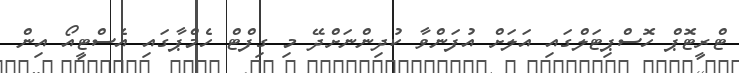
ޓްރީޓޮޕް ހޮސްޕިޓަލްގައި އަލަށް އުފަންވާ ކުދިންނަށްދޭ މި ގިފްޓް ހެމްޕާގައި އެސްޓީއޯ އިން